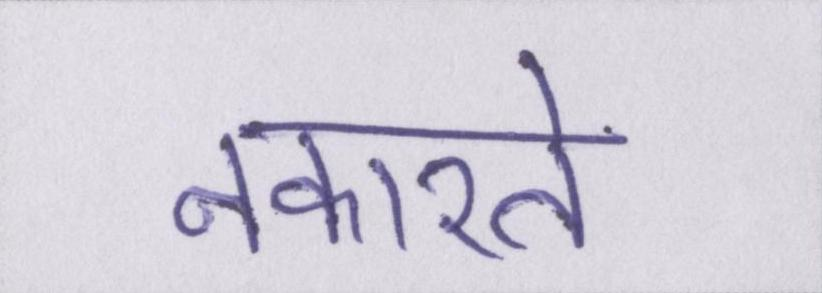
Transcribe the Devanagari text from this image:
नकारते